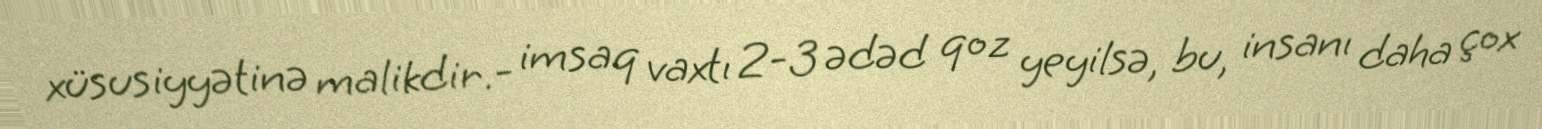
xüsusiyyətinə malikdir.- imsaq vaxtı 2-3 ədəd qoz yeyilsə, bu, insanı daha çox